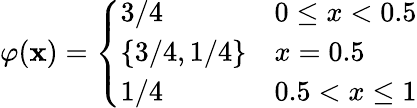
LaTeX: \varphi(\mathbf{x})={\left\{ \begin{array}{ll}{3/4}&{0\leq x<0.5}\\ {\{ 3/4,1/4\} }&{x=0.5}\\ {1/4}&{0.5<x\leq 1}\end{array}\right.}